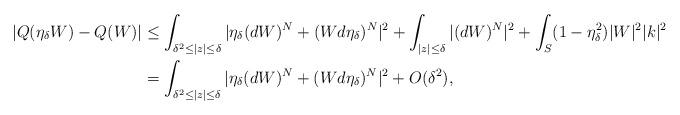
LaTeX: \begin{align*} |Q(\eta_\delta W) - Q(W)| &\leq \int_{\delta^2\leq |z|\leq \delta} |\eta_\delta(d W)^N + (Wd\eta_\delta)^N|^2+\int_{|z|\leq \delta}|(d W)^N |^2+\int_S (1-\eta_\delta^2)|W|^2|k|^2 \\ &= \int_{\delta^2\leq |z|\leq \delta} |\eta_\delta(d W)^N + (Wd\eta_\delta)^N|^2+ O(\delta^2),\end{align*}